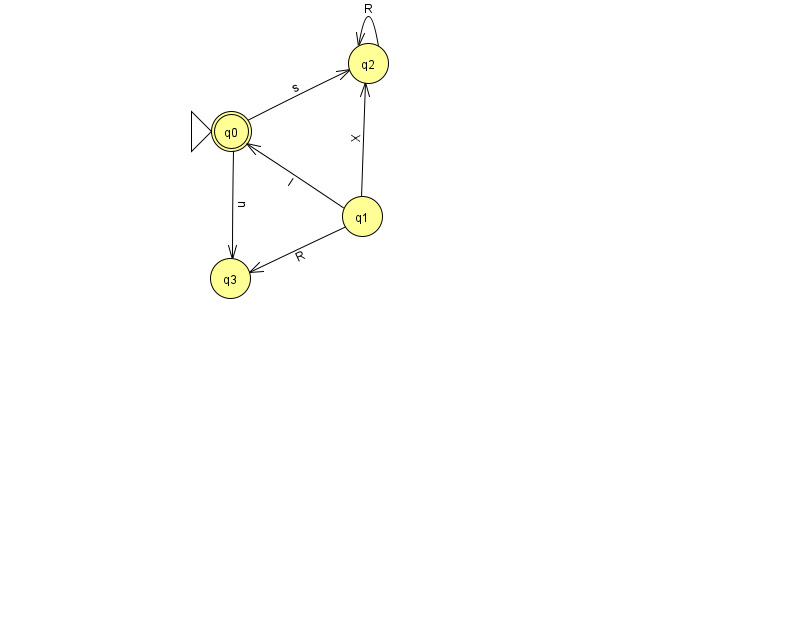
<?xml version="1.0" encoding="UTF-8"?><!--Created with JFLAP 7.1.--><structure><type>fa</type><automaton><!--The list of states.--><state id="0" name="q0"><x>231.0</x><y>118.0</y><initial/><final/></state><state id="1" name="q1"><x>362.0</x><y>203.0</y></state><state id="2" name="q2"><x>368.0</x><y>50.0</y></state><state id="3" name="q3"><x>230.0</x><y>265.0</y></state><!--The list of transitions.--><transition><from>2</from><to>2</to><read>R</read></transition><transition><from>1</from><to>2</to><read>X</read></transition><transition><from>1</from><to>0</to><read>l</read></transition><transition><from>0</from><to>2</to><read>s</read></transition><transition><from>1</from><to>3</to><read>R</read></transition><transition><from>0</from><to>3</to><read>u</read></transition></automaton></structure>